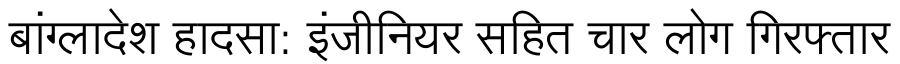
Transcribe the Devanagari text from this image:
बांग्लादेश हादसा: इंजीनियर सहित चार लोग गिरफ्तार